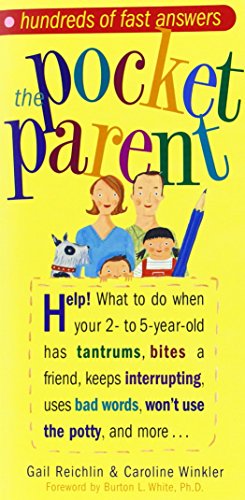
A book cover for The Pocket Parent; Gail Reichlin; Parenting & Relationships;